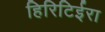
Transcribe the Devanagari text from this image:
हिरिटिईरा